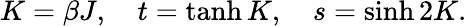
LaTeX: K=\beta J,\quad t=\operatorname{tanh}K,\quad s=\sinh 2K.